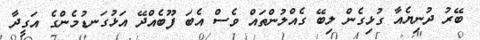
ބޭރު ދުނިޔެއާ ގުޅިގެން ލިބޭ ގެއްލުންތައް ވެސް އެބަ ފޫބެއްދޭ އަޅުގަނޑުމެންގެ އަގީދާ